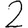
Digit: 2